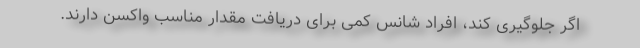
اگر جلوگیری کند، افراد شانس کمی برای دریافت مقدار مناسب واکسن دارند.